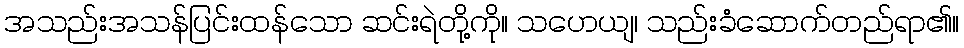
အသည်းအသန်ပြင်းထန်သော ဆင်းရဲတို့ကို။ သဟေယျ၊ သည်းခံဆောက်တည်ရာ၏။